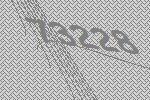
73228